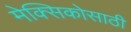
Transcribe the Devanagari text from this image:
मेक्सिकोसाठी